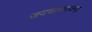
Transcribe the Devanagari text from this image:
जयचामराजेन्द्र